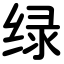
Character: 绿